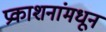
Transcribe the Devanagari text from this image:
प्रकाशनांमधून